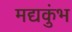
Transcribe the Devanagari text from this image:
मद्यकुंभ